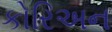
કોરિઅન